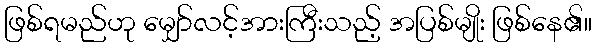
ဖြစ်ရမည်ဟု မျှော်လင့်အားကြီးသည့် အပြစ်မျိုး ဖြစ်နေ၏။